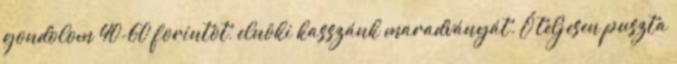
gondolom 40-60 forintot, elnöki kasszánk maradványát. Ő teljesen puszta